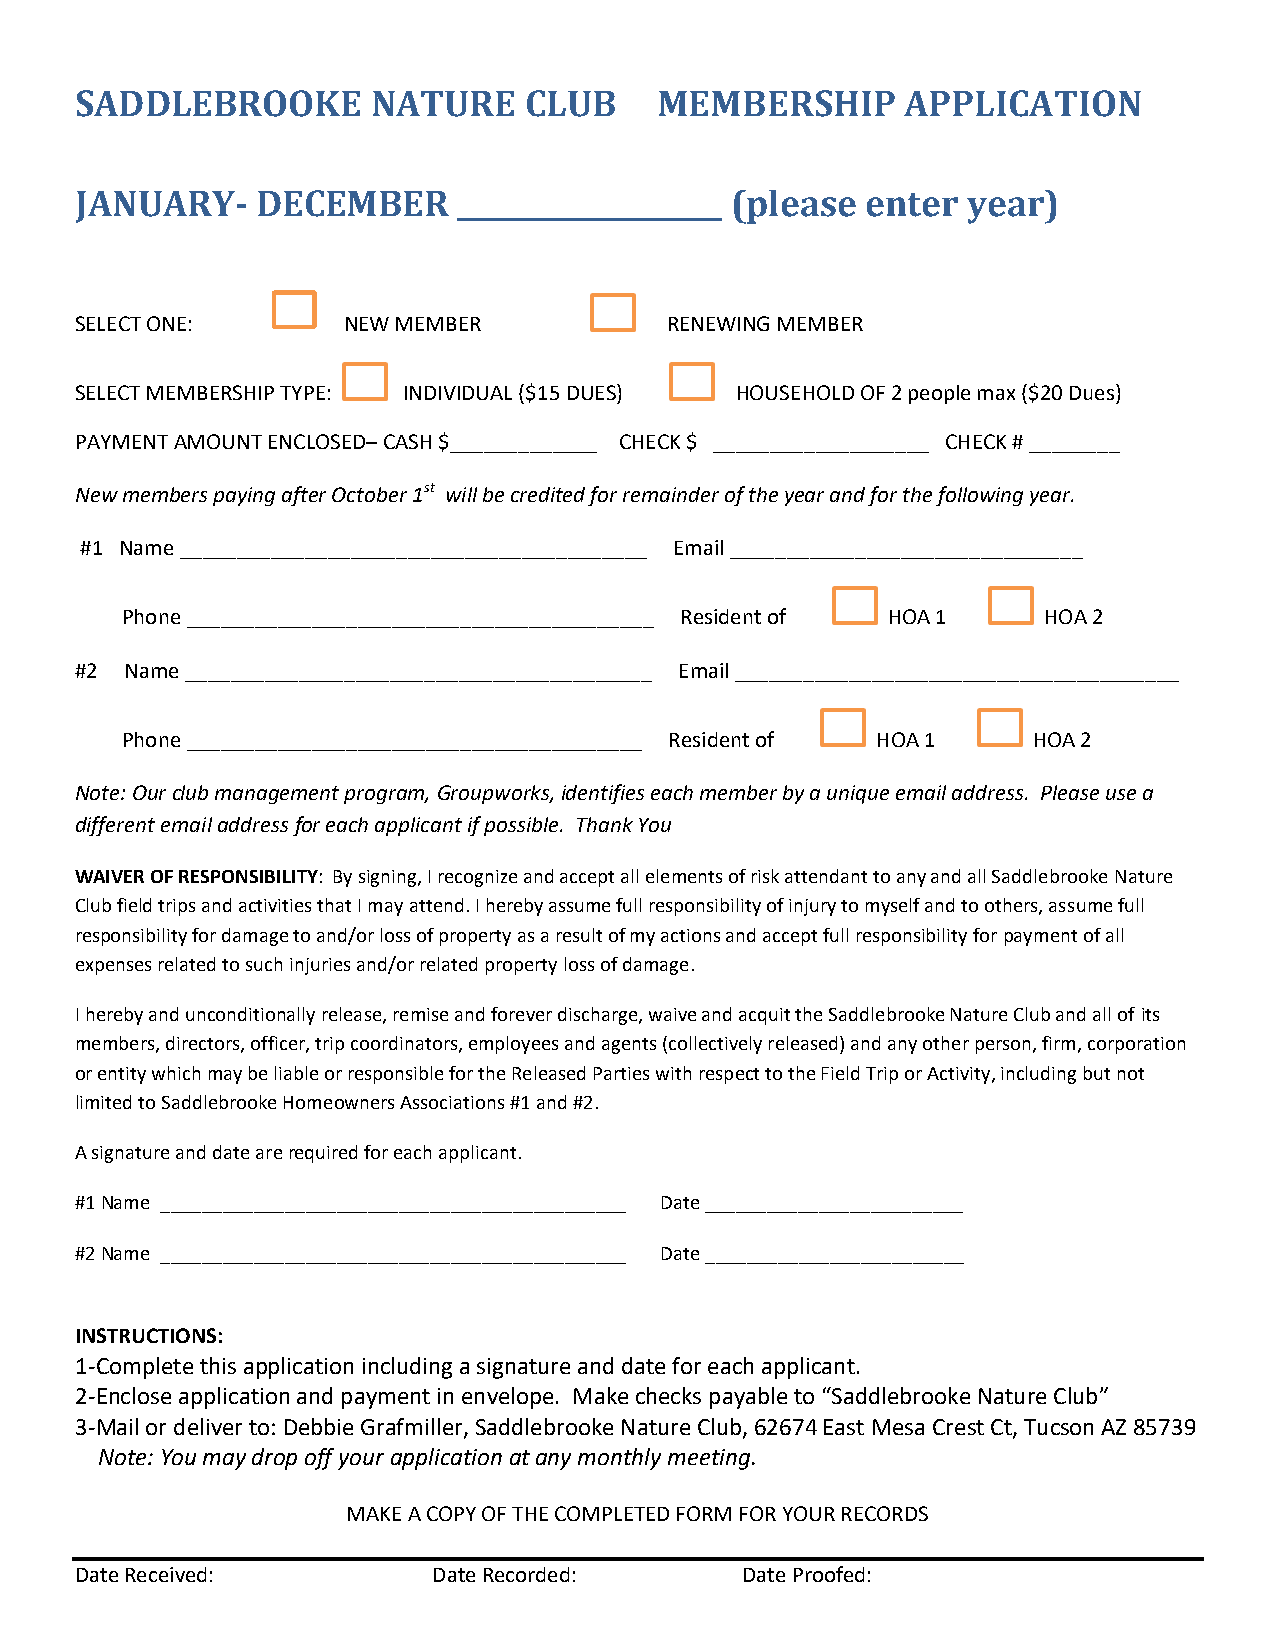
SADDLEBROOKE        NATURE    CLUB     MEMBERSHIP      APPLICATION
 JANUARY-    DECEMBER     ___________________ (please enter year)
 SELECT ONE:       NEW MEMBER           RENEWING MEMBER
 SELECT MEMBERSHIP TYPE: INDIVIDUAL ($15 DUES) HOUSEHOLD OF 2 people max ($20 Dues)
 PAYMENT AMOUNT ENCLOSED– CASH $_____________ CHECK $ ___________________ CHECK # ________
 New members paying after October 1st will be credited for remainder of the year and for the following year.
 #1 Name _________________________________________ Email _______________________________
 Phone _________________________________________ Resident of HOA 1 HOA 2
 #2 Name _________________________________________ Email _______________________________________
 Phone ________________________________________ Resident of HOA 1 HOA 2
 Note: Our club management program, Groupworks, identifies each member by a unique email address. Please use a
 different email address for each applicant if possible. Thank You
 WAIVER OF RESPONSIBILITY: By signing, I recognize and accept all elements of risk attendant to any and all Saddlebrooke Nature
 Club field trips and activities that I may attend. I hereby assume full responsibility of injury to myself and to others, assume full
 responsibility for damage to and/or loss of property as a result of my actions and accept full responsibility for payment of all
 expenses related to such injuries and/or related property loss of damage.
 I hereby and unconditionally release, remise and forever discharge, waive and acquit the Saddlebrooke Nature Club and all of its
 members, directors, officer, trip coordinators, employees and agents (collectively released) and any other person, firm, corporation
 or entity which may be liable or responsible for the Released Parties with respect to the Field Trip or Activity, including but not
 limited to Saddlebrooke Homeowners Associations #1 and #2.
 A signature and date are required for each applicant.
 #1 Name _____________________________________________ Date _________________________
 #2 Name _____________________________________________ Date _________________________
 INSTRUCTIONS:
 1-Complete this application including a signature and date for each applicant.
 2-Enclose application and payment in envelope. Make checks payable to “Saddlebrooke Nature Club”
 3-Mail or deliver to: Debbie Grafmiller, Saddlebrooke Nature Club, 62674 East Mesa Crest Ct, Tucson AZ 85739
 Note: You may drop off your application at any monthly meeting.
 MAKE A COPY OF THE COMPLETED FORM FOR YOUR RECORDS
 Date Received:          Date Recorded:      Date Proofed: